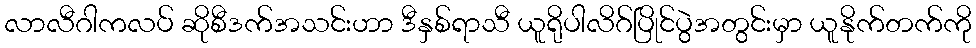
လာလီဂါကလပ် ဆိုစီဒက်အသင်းဟာ ဒီနှစ်ရာသီ ယူရိုပါလိဂ်ပြိုင်ပွဲအတွင်းမှာ ယူနိုက်တက်ကို